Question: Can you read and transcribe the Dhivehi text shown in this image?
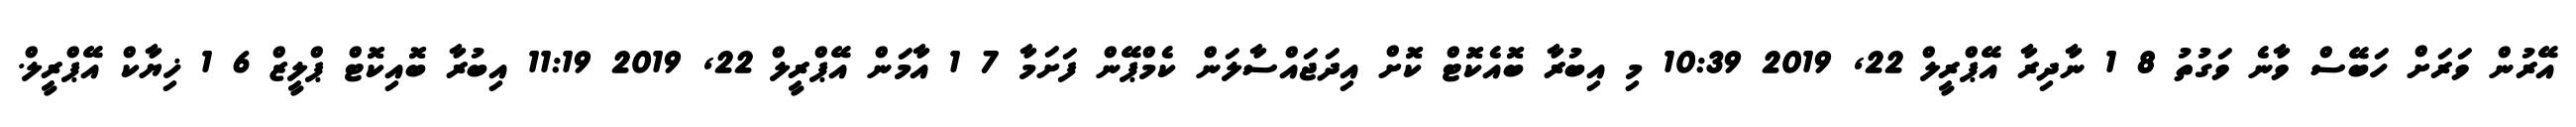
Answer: އޭރުން ވަރަށް ހަބޭސް ވާނެ ވަގުތު 8 1 ނާދިރާ އޭޕްރީލް 22, 2019 10:39 މި އިބުރާ ބޮއެކޮޓް ކޮށް އިދަޖައްސާލަން ކެމްޕޭން ފަށަމާ 7 1 އާމަން އޭޕްރީލް 22, 2019 11:19 އިބުރާ ބޮއިކޮޓް ޕްލީޒް 6 1 ޚިޔާކް އޭޕްރީލް.